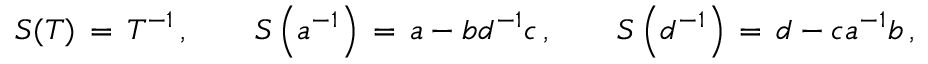
S ( T ) \, = \, T ^ { - 1 } \, , \qquad S \left( a ^ { - 1 } \right) \, = \, a - b d ^ { - 1 } c \, , \qquad S \left( d ^ { - 1 } \right) \, = \, d - c a ^ { - 1 } b \, ,